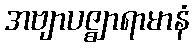
အဗျာပဇ္ဈာရာမာနံ